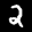
Label: 2